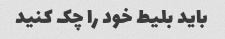
باید بلیط خود را چک کنید